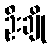
ဦးချို